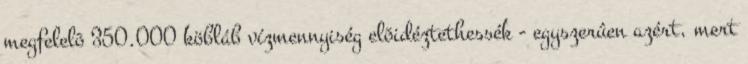
megfelelõ 350.000 köbláb vízmennyiség elõidéztethessék - egyszerûen azért, mert